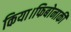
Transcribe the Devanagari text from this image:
किया।फिबोनाकी